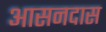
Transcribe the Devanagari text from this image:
आसनदास